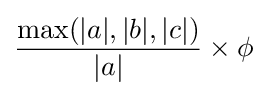
{\frac {\max(|a|,|b|,|c|)}{|a|}}\times \phi